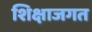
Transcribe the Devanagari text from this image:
शिक्षाजगत